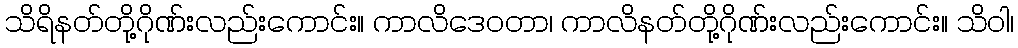
သိရိနတ်တို့ဂိုဏ်းလည်းကောင်း။ ကာလိဒေဝတာ၊ ကာလိနတ်တို့ဂိုဏ်းလည်းကောင်း။ သိဝါ၊